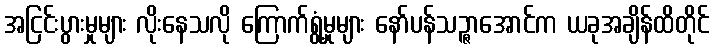
အငြင်းပွားမှုများ လိုးနေသလို ကြောက်ရွံ့မှုများ နော်ပန်သဉ္ဇာအောင်က ယခုအချိန်ထိတိုင်